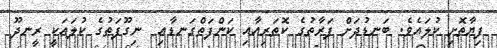
ފިޔާތޮށި ކުލައެވެ. ބަނޑުދަށް ފަރާތުގެ ކޮތަރިއާއި ކަންފަތްގަނޑާއި  ނިގޫފަތުގެ ކުލައަކީ ރީނދޫ